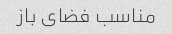
مناسب فضای باز